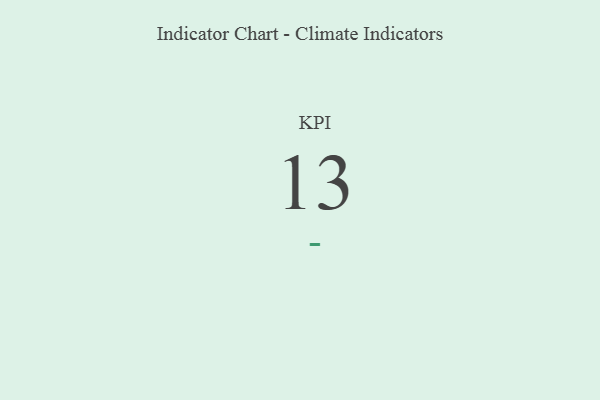
{"axis": {"x": "KPI", "y": "Value"}, "legend": [""], "data": [{"x": "KPI", "y": 13, "type": ""}]}